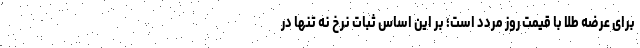
برای عرضه طلا با قیمت روز مردد است؛ بر این اساس ثبات نرخ نه تنها در